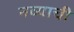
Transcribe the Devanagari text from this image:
नव्याची